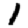
Digit: 1